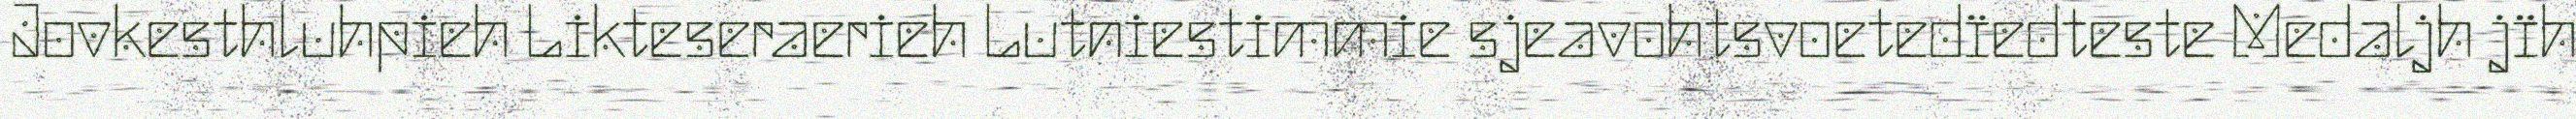
Jovkesthluhpieh Likteseraerieh Lutniestimmie sjeavohtsvoetedïedteste Medaljh jïh